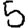
Digit: 5